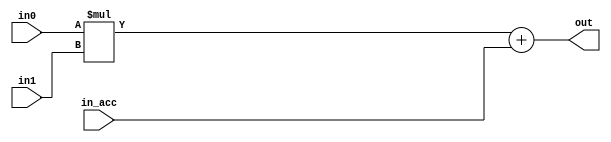
module macc(in0, in1, in_acc, out);
  input signed [15:0] in0, in1, in_acc;
  output signed [15:0] out;
  
  assign out = in0 * in1 + in_acc;
endmodule